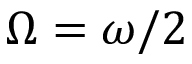
\Omega = \omega / 2